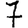
Digit: 7